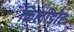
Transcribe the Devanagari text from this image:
फिलीडोर